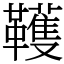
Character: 韄